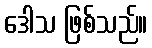
ဒေါသ ဖြစ်သည်။